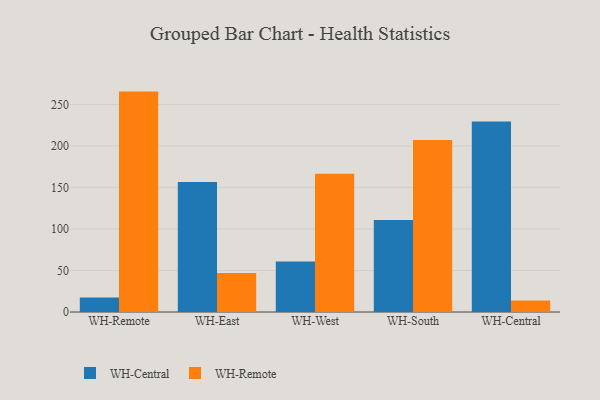
{"axis": {"x": "Warehouse", "y": "Page Views"}, "legend": ["WH-Central", "WH-Remote"], "data": [{"x": "WH-Remote", "y": 17.6, "type": "WH-Central"}, {"x": "WH-Remote", "y": 265.5, "type": "WH-Remote"}, {"x": "WH-East", "y": 156.5, "type": "WH-Central"}, {"x": "WH-East", "y": 47.1, "type": "WH-Remote"}, {"x": "WH-West", "y": 60.8, "type": "WH-Central"}, {"x": "WH-West", "y": 166.4, "type": "WH-Remote"}, {"x": "WH-South", "y": 110.9, "type": "WH-Central"}, {"x": "WH-South", "y": 207.1, "type": "WH-Remote"}, {"x": "WH-Central", "y": 229.6, "type": "WH-Central"}, {"x": "WH-Central", "y": 13.8, "type": "WH-Remote"}]}